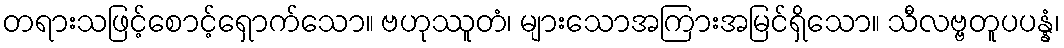
တရားသဖြင့်စောင့်ရှောက်သော။ ဗဟုဿူတံ၊ များသောအကြားအမြင်ရှိသော။ သီလဗ္ဗတူပပန္နံ၊